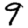
Digit: 9